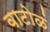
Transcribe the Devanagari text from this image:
वाटोळं